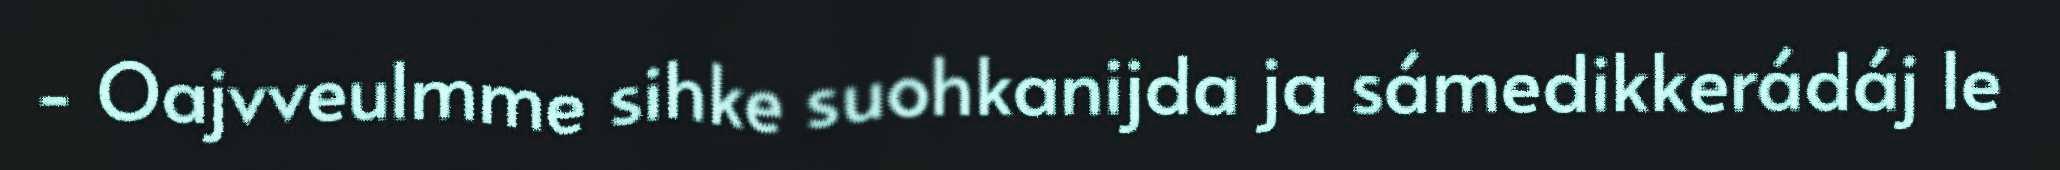
- Oajvveulmme sihke suohkanijda ja sámedikkerádáj le